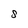
Character: S